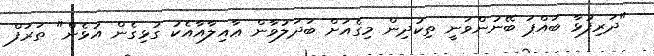
"ދަރިފުޅާ ބައްޕަ ބޭނުންވަނީ ތިކުދިން މިގެއަށް ބަދަލުވާން ޢާއިލާއާއެކު ގުޅިގެން އުޅެން" ތަރަފް